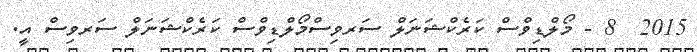
2015  8 - މޯލްޑިވްސް ކަރެކްޝަނަލް ސަރވިސްމޯލްޑިވްސް ކަރެކްޝަނަލް ސަރވިސް އީ.